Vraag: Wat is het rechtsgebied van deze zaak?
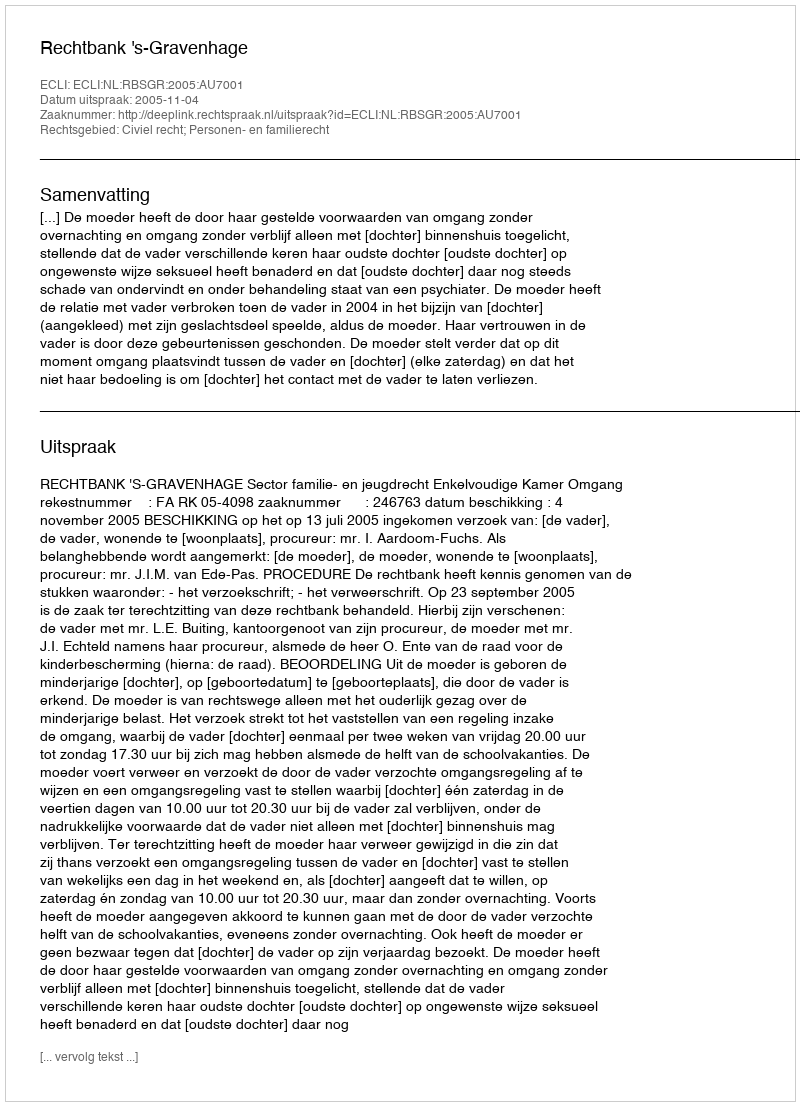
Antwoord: Civiel recht; Personen- en familierecht